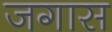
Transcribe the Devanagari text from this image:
जगास